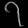
Digit: ၇